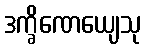
ဒက္ခိဏေယျေသု